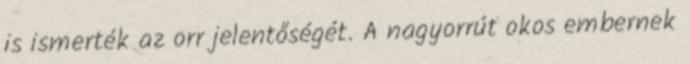
is ismerték az orr jelentőségét. A nagyorrút okos embernek